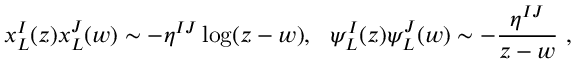
x _ { L } ^ { I } ( z ) x _ { L } ^ { J } ( w ) \sim - \eta ^ { I J } \log ( z - w ) , ~ ~ \psi _ { L } ^ { I } ( z ) \psi _ { L } ^ { J } ( w ) \sim - { \frac { \eta ^ { I J } } { z - w } } \ ,